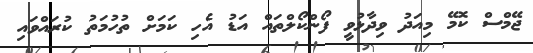
ޖޭމްސް ކޮމޭ މިއަދު ވިދާޅުވީ ފޯންކޯލްތައް އަަޑު އެހި ކަމަށް ތުހުމަތު ކުރައްވައި